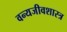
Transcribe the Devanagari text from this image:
वन्यजीवशास्त्र